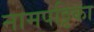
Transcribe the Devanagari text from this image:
नामपट्टिका